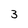
Character: 3